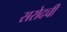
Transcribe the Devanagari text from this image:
सरोदची